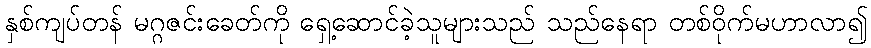
နှစ်ကျပ်တန် မဂ္ဂဇင်းခေတ်ကို ရှေ့ဆောင်ခဲ့သူများသည် သည်နေရာ တစ်ဝိုက်မဟာလာ၍